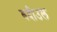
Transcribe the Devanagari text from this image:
बदीउल